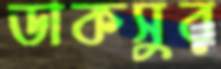
ডাকসুর